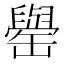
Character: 𮉺